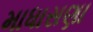
માધાસણા